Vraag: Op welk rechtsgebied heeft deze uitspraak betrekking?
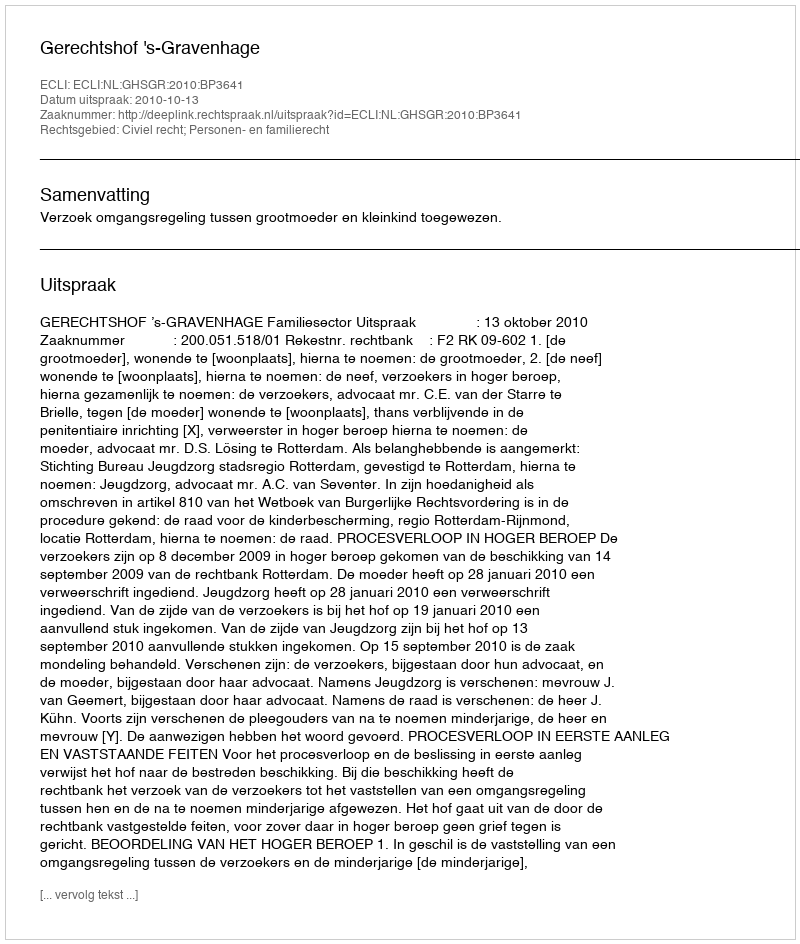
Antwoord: Civiel recht; Personen- en familierecht